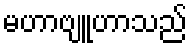
မဟာဗျူဟာသည်